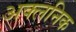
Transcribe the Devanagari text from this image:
अक्लनिक